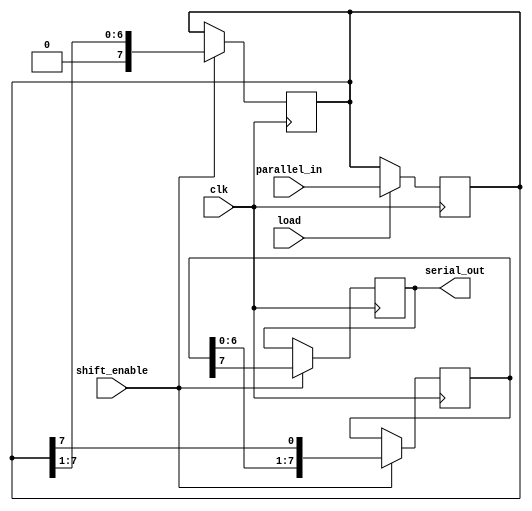
module TwoStagePISO #(
    parameter DATA_WIDTH = 8  // Parameter for the width of the input data
)(
    input wire clk,            // Clock signal
    input wire load,           // Load signal for parallel input
    input wire shift_enable,   // Shift enable signal for serial output
    input wire [DATA_WIDTH-1:0] parallel_in, // Parallel input data
    output reg serial_out       // Serial output
);

    // Internal registers for the two stages
    reg [DATA_WIDTH-1:0] parallel_reg; // Register for the parallel input stage
    reg [DATA_WIDTH-1:0] shift_reg;     // Register for the shift register stage

    // Load data into the parallel register on load signal
    always @(posedge clk) begin
        if (load) begin
            parallel_reg <= parallel_in; // Load parallel data
        end
    end

    // Shift data from parallel register to shift register and then serially out
    always @(posedge clk) begin
        if (shift_enable) begin
            // Shift the data in the shift register
            shift_reg <= {shift_reg[DATA_WIDTH-2:0], parallel_reg[DATA_WIDTH-1]};
            // Update the serial output with the MSB of the shift register
            serial_out <= shift_reg[DATA_WIDTH-1];
            // Remove the MSB from the parallel register after shifting
            parallel_reg <= {1'b0, parallel_reg[DATA_WIDTH-1:1]};
        end
    end

endmodule